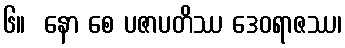
၆။  နော စေ ပဇာပတိဿ ဒေဝရာဇဿ၊